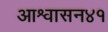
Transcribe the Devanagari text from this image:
आश्वासन४१